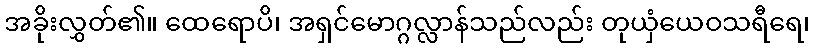
အခိုးလွှတ်၏။ ထေရောပိ၊ အရှင်မောဂ္ဂလ္လာန်သည်လည်း တုယှံယေဝသရီရေ၊